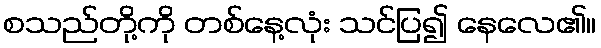
စသည်တို့ကို တစ်နေ့လုံး သင်ပြ၍ နေလေ၏။